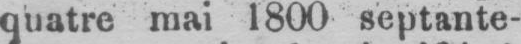
quatre mai 1800 septante-